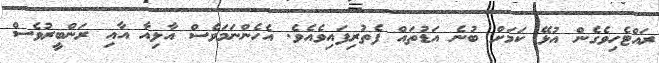
ރައްޓެހިވެގެން އުޅޭ ކަމަށް ބުނެ އަޑުތައް ފެތުރިފައިވެއެވެ. އެހެންނަމަވެސް އާލިއާ އާއި ރަންބީރުވެސް